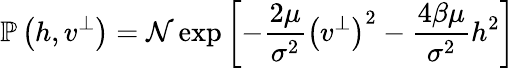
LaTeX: \mathbb{P}\left(h,v^{\perp}\right)=\mathcal{N}\exp\left[-\frac{2\mu}{\sigma^{2}}\left({v^{\perp}}\right)^{2}-\frac{4\beta\mu}{\sigma^{2}}h^{2}\right]